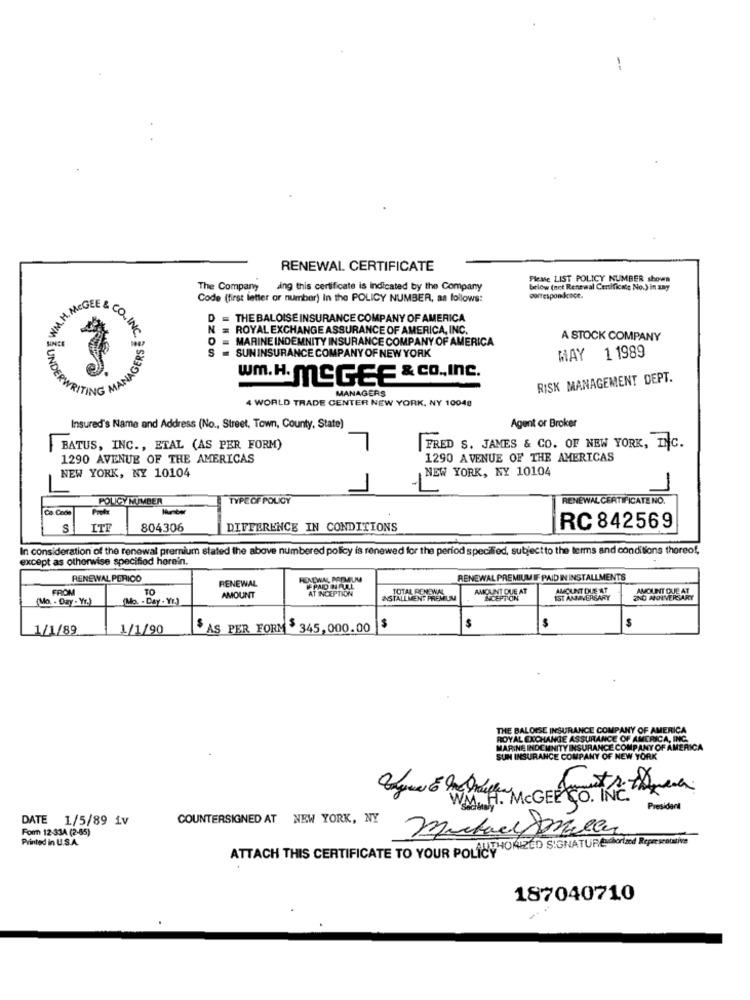
RENEWAL CERTIFICATE
Please LIST POLICY NUMBER shown
The Company aing this certificate is Indicated by the Company
below (not Renewal Certificate No.) in any
Code (first letter or number) In the POLICY NUMBER, as follows:
correspondence.
MCGEE
co
D
THE BALOISE INSURANCE COMPANY OF AMERICA
N
= ROYAL EXCHANGE ASSURANCE OF AMERICA, INC.
CO INC.
MARINE INDEMNITY INSURANCE COMPANY OF AMERICA
A STOCK COMPANY
S
MAY 1 1989
- SUNINSURANCE COMPANY OF NEW YORK
wm.H. MCGEE & CO ., Inc.
RISK MANAGEMENT DEPT.
RITING
4 WORLD TRADE CENTER NEW YORK, NY 10048
MANAGERS
Agent or Broker
Insured's Name and Address (No ., Street, Town, County, State)
BATUS, INC ., ETAL (AS PER FORM)
7
FRED S. JAMES & CO. OF NEW YORK, INC.
1290 AVENUE OF THE AMERICAS
1290 AVENUE OF THE AMERICAS
NEW YORK, NY 10104
NEW YORK, NY 10104
-
POLICY NUMBER
TYPEOF POLICY
RENEWAL CERTIFICATE NO.
Co. Code
S
ITE
804306
DIFFERENCE IN CONDITIONS
RC 842569
In consideration of the renewal premium stated the above numbered policy is renewed for the period speciled, subjectto the terms and conditions thereof,
except as otherwise specifiod herein.
RENEWAL PERICO
RENEWAL
HENTWAL ARTAUM
RENEWAL PREMIUM IF PAID IN INSTALLMENTS
FROM
TO
IPADHALL
AT INCEPTION
TOTAL RENONAL
UNT QUE AT
AMCULINT DUE AT
AMOUNT DUE AT
(Mo. . Day - Yr.)
(Mo. - Day- Yr.)
AMOUNT
&STALLMENT PREMIUM
INCEPTION
IST ANNIVERSARY
ZNO ANNIVERSARY
$
1/1/89
1/1/90
AS PER FORM 345, 000.00 |$
THE BALOISE INSURANCE COMPANY OF AMERICA
ROYAL EXCHANGE ASSURANCE OF AMERICA, INC.
MARINE INDEMNITY INSURANCE COMPANY OF AMERICA
SUN INSURANCE COMPANY OF NEW YORK
President
DATE 1/5/89 iv
COUNTERSIGNED AT NEW YORK, NY
Form 12-334 (2-65)
Printed in U.S.A.
ATTACH THIS CERTIFICATE TO YOUR POLAUTHORIZED SIGNATUREchorlad Reper weactive
187040710